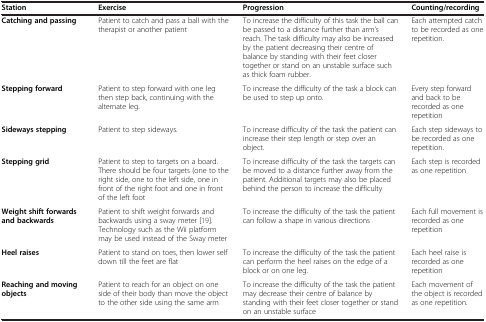
<table><thead><tr><td><b>Station</b></td><td><b>Exercise</b></td><td><b>Progression</b></td><td><b>Counting/recording</b></td></tr></thead><tbody><tr><td><b>Catching and passing</b></td><td>Patient to catch and pass a ball with the therapist or another patient</td><td>To increase the difficulty of this task the ball can be passed to a distance further than arm’s reach. The task difficulty may also be increased by the patient decreasing their centre of balance by standing with their feet closer together or stand on an unstable surface such as thick foam rubber.</td><td>Each attempted catch to be recorded as one repetition.</td></tr><tr><td><b>Stepping forward</b></td><td>Patient to step forward with one leg then step back, continuing with the alternate leg.</td><td>To increase the difficulty of the task a block can be used to step up onto.</td><td>Every step forward and back to be recorded as one repetition</td></tr><tr><td><b>Sideways stepping</b></td><td>Patient to step sideways.</td><td>To increase difficulty of the task the patient can increase their step length or step over an object.</td><td>Each step sideways to be recorded as one repetition.</td></tr><tr><td><b>Stepping grid</b></td><td>Patient to step to targets on a board. There should be four targets (one to the right side, one to the left side, one in front of the right foot and one in front of the left foot</td><td>To increase difficulty of the task the targets can be moved to a distance further away from the patient. Additional targets may also be placed behind the person to increase the difficulty</td><td>Each step is recorded as one repetition</td></tr><tr><td><b>Weight shift forwards and backwards</b></td><td>Patient to shift weight forwards and backwards using a sway meter [19]. Technology such as the Wii platform may be used instead of the Sway meter</td><td>To increase the difficulty of the task the patient can follow a shape in various directions</td><td>Each full movement is recorded as one repetition</td></tr><tr><td><b>Heel raises</b></td><td>Patient to stand on toes, then lower self down till the feet are flat</td><td>To increase the difficulty of the task the patient can perform the heel raises on the edge of a block or on one leg.</td><td>Each heel raise is recorded as one repetition</td></tr><tr><td><b>Reaching and moving objects</b></td><td>Patient to reach for an object on one side of their body than move the object to the other side using the same arm</td><td>To increase the difficulty of the task the patient may decrease their centre of balance by standing with their feet closer together or stand on an unstable surface</td><td>Each movement of the object is recorded as one repetition.</td></tr></tbody></table>